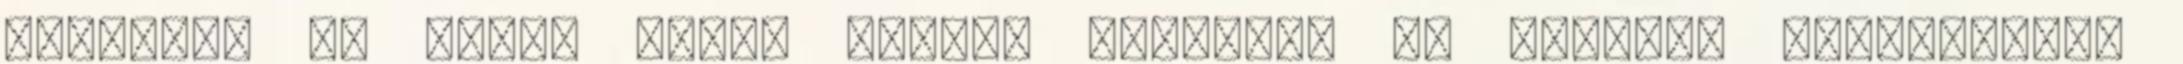
világba. Jó lenne végre valami értelmet az arcomra varázsolni.